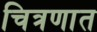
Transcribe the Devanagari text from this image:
चित्रणात